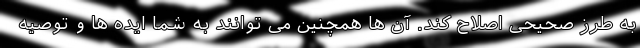
به طرز صحیحی اصلاح کند. آن ها همچنین می توانند به شما ایده ها و توصیه